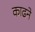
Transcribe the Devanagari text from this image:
काढने